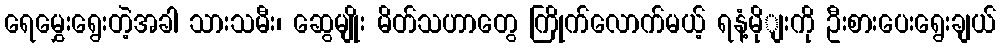
ရေမွှေးရွေးတဲ့အခါ သားသမီး၊ ဆွေမျိုး မိတ်သဟာတွေ ကြိုက်လောက်မယ့် ရနံ့မိုျးကို ဦးစားပေးရွေးချယ်